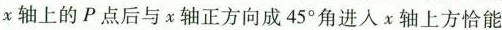
x轴上的P点后与x轴正方向成45^{\circ}角进入χ轴上方恰能